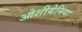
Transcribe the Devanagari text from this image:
ओशीयेनिया